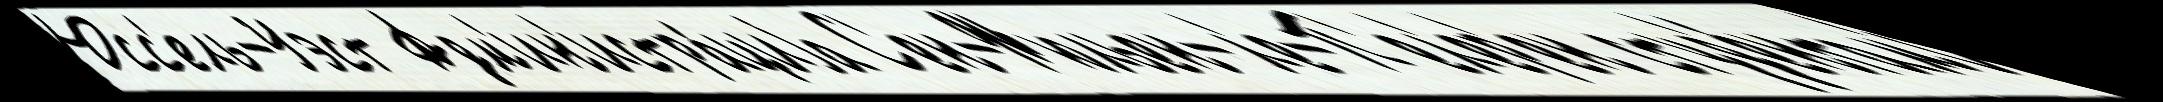
Юсс'ель-Уэст Адм'ин'истра́циjа С'ен-Жюльен-л'е-П'ел'ер'ен студ'е́нтам'и